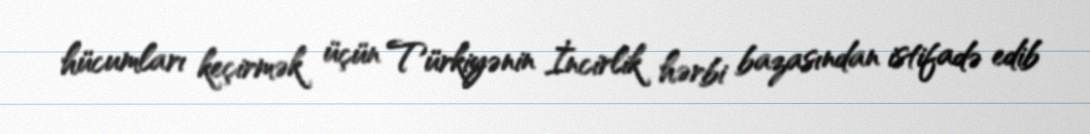
hücumları keçirmək üçün Türkiyənin İncirlik hərbi bazasından istifadə edib